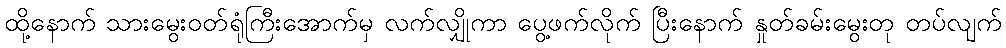
ထို့နောက် သားမွေးဝတ်ရုံကြီးအောက်မှ လက်လျှိုကာ ပွေ့ဖက်လိုက် ပြီးနောက် နှုတ်ခမ်းမွေးတု တပ်လျက်